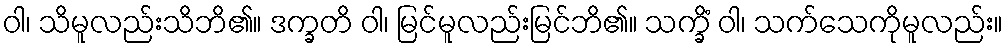
ဝါ၊ သိမူလည်းသိဘိ၏။ ဒက္ခတိ ဝါ၊ မြင်မူလည်းမြင်ဘိ၏။ သက္ခိံ ဝါ၊ သက်သေကိုမူလည်း။